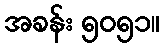
အခန်း ၅၀၅၁။